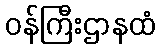
ဝန်ကြီးဌာနထံ